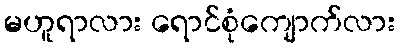
မဟူရာလား ရောင်စုံကျောက်လား